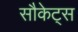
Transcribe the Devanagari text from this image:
सौकेट्स